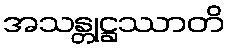
အသန္တုဋ္ဌဿာတိ